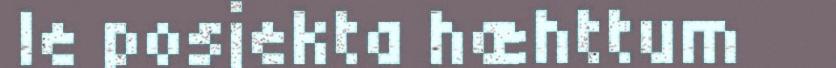
le posjekta hæhttum